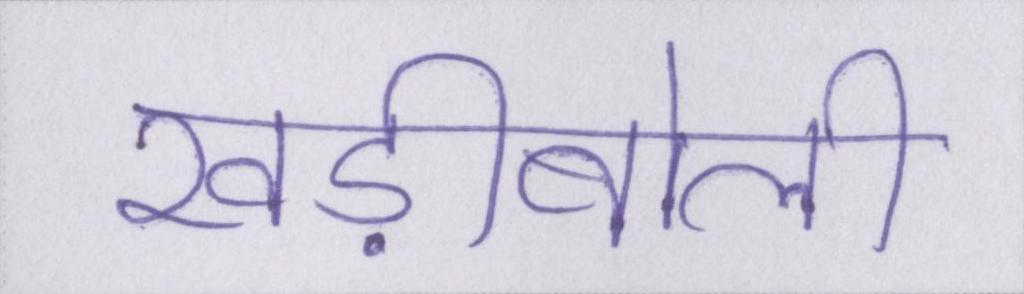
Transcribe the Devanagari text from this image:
खड़ीबोली